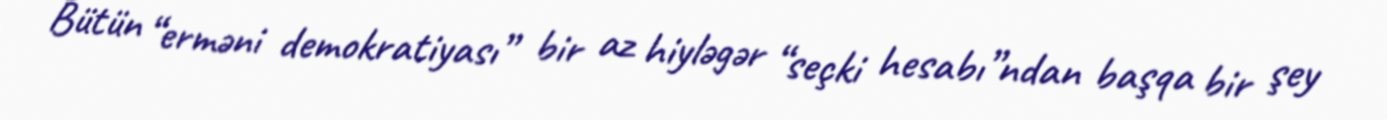
Bütün “erməni demokratiyası” bir az hiyləgər “seçki hesabı”ndan başqa bir şey